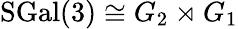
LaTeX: \mathrm{SGal}(3)\cong G_{2}\rtimes G_{1}